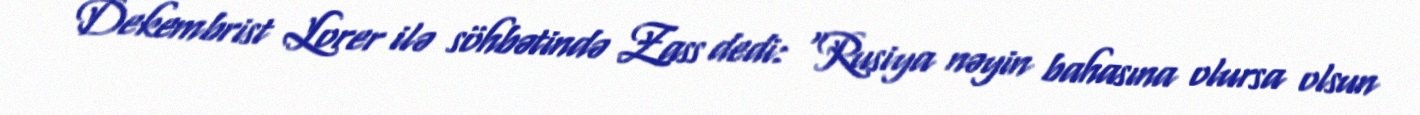
Dekembrist Lorer ilə söhbətində Zass dedi: "Rusiya nəyin bahasına olursa olsun